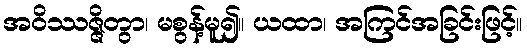
အဝိဿဇ္ဇိတွာ၊ မစွန့်မူ၍။ ယထာ၊ အကြင်အခြင်းဖြင့်။